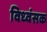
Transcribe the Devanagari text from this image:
विध्‍वंसक